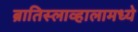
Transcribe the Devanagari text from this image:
ब्रातिस्लाव्हालामध्ये